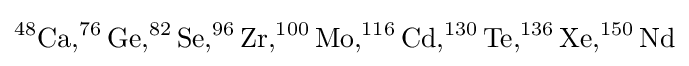
\mathrm {^{48}Ca,^{76}Ge,^{82}Se,^{96}Zr,^{100}Mo,^{116}Cd,^{130}Te,^{136}Xe,^{150}Nd}